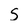
Character: S